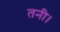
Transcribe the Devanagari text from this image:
तनी।